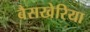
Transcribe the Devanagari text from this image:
बैसखेरिया